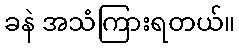
ခနဲ အသံကြားရတယ်။